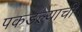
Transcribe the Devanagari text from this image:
पकडल्याची